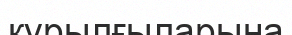
құрылғыларына